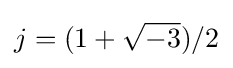
j=(1+{\sqrt {-3}})/2